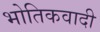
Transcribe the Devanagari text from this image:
भोतिकवादी